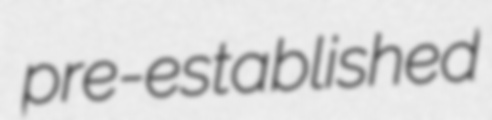
pre-established